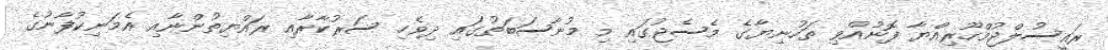
ރައީސުލްޖުމްހޫރިއްޔާ ފޮނުއްވި ތަހުނިޔާގެ މެސެޖުގައި މި މުނާސަބަތުގައި ދިވެހި ސަރުކާރާއި ރައްޔިތުންނާއި އެމަނިކުފާނުގެ